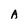
Character: A